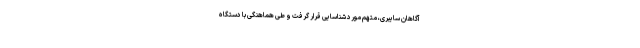
آگاهان سایبری، متهم مورد شناسایی قرار گرفت و طی هماهنگی با دستگاه